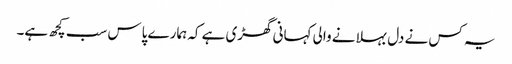
یہ کس نے دل بہلانے والی کہانی گھڑی ہے کہ ہمارے پاس سب کچھ ہے۔